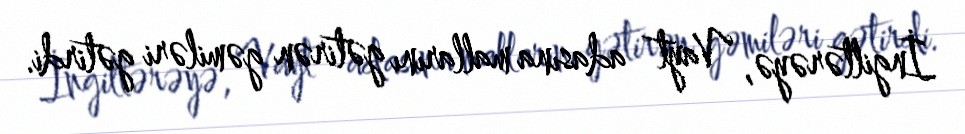
İngiltərəyə, Vayt adasına mallarını gətirən gəmiləri gətirdi.